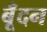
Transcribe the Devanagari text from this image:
बूँदन